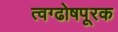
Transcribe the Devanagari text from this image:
त्वग्ढोषपूरक